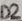
Text: D2